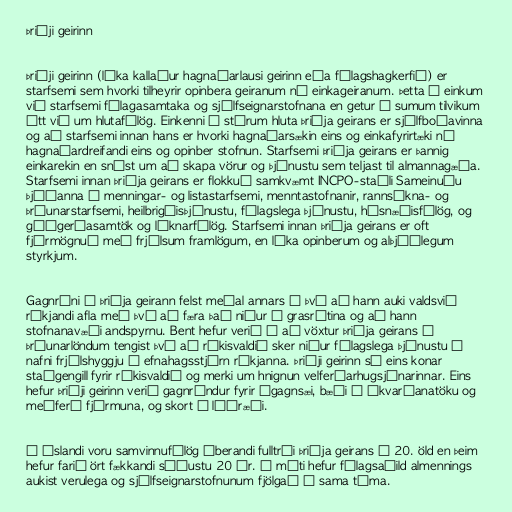
Þriðji geirinn

Þriðji geirinn (líka kallaður hagnaðarlausi geirinn eða félagshagkerfið) er
starfsemi sem hvorki tilheyrir opinbera geiranum né einkageiranum. Þetta á einkum
við starfsemi félagasamtaka og sjálfseignarstofnana en getur í sumum tilvikum
átt við um hlutafélög. Einkenni á stórum hluta þriðja geirans er sjálfboðavinna
og að starfsemi innan hans er hvorki hagnaðarsækin eins og einkafyrirtæki né
hagnaðardreifandi eins og opinber stofnun. Starfsemi þriðja geirans er þannig
einkarekin en snýst um að skapa vörur og þjónustu sem teljast til almannagæða.
Starfsemi innan þriðja geirans er flokkuð samkvæmt INCPO-staðli Sameinuðu
þjóðanna í menningar- og listastarfsemi, menntastofnanir, rannsókna- og
þróunarstarfsemi, heilbrigðisþjónustu, félagslega þjónustu, húsnæðisfélög, og
góðgerðasamtök og líknarfélög. Starfsemi innan þriðja geirans er oft
fjármögnuð með frjálsum framlögum, en líka opinberum og alþjóðlegum
styrkjum.

Gagnrýni á þriðja geirann felst meðal annars í því að hann auki valdsvið
ríkjandi afla með því að færa það niður í grasrótina og að hann
stofnanavæði andspyrnu. Bent hefur verið á að vöxtur þriðja geirans í
þróunarlöndum tengist því að ríkisvaldið sker niður félagslega þjónustu í
nafni frjálshyggju í efnahagsstjórn ríkjanna. Þriðji geirinn sé eins konar
staðgengill fyrir ríkisvaldið og merki um hnignun velferðarhugsjónarinnar. Eins
hefur þriðji geirinn verið gagnrýndur fyrir ógagnsæi, bæði í ákvarðanatöku og
meðferð fjármuna, og skort á lýðræði.

Á Íslandi voru samvinnufélög áberandi fulltrúi þriðja geirans á 20. öld en þeim
hefur farið ört fækkandi síðustu 20 ár. Á móti hefur félagsaðild almennings
aukist verulega og sjálfseignarstofnunum fjölgað á sama tíma.